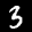
Label: 3